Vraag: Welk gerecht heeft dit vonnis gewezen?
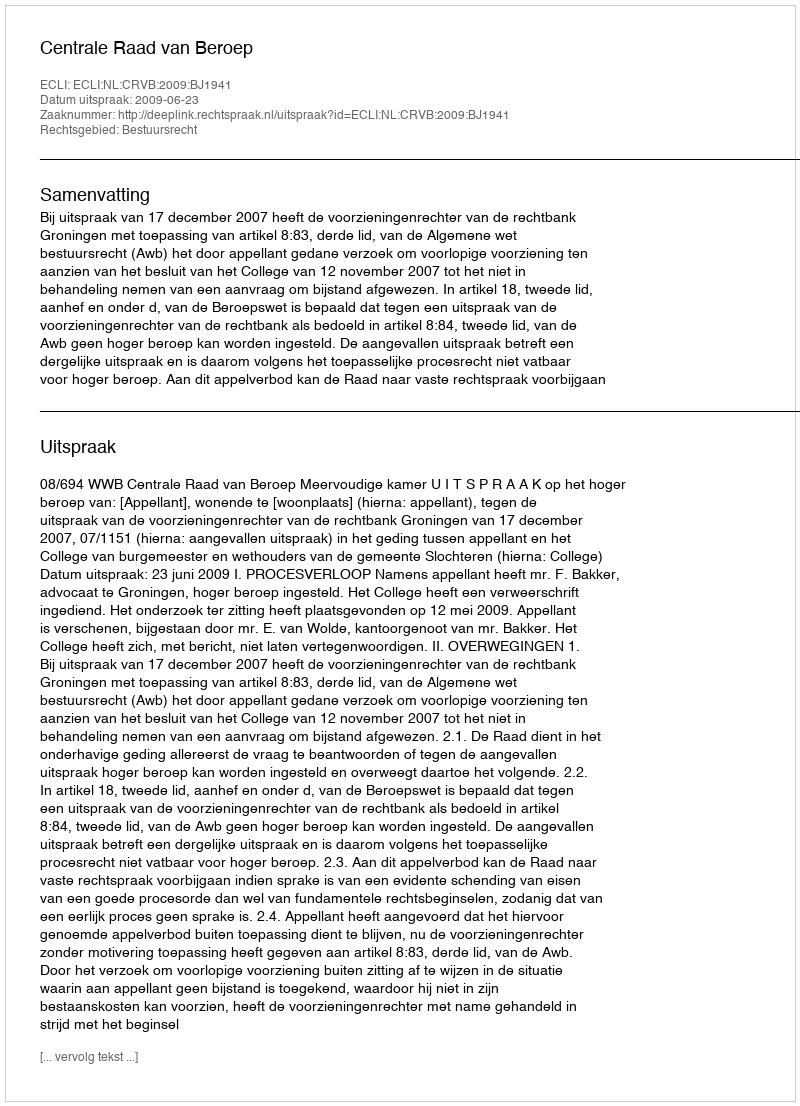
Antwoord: Centrale Raad van Beroep